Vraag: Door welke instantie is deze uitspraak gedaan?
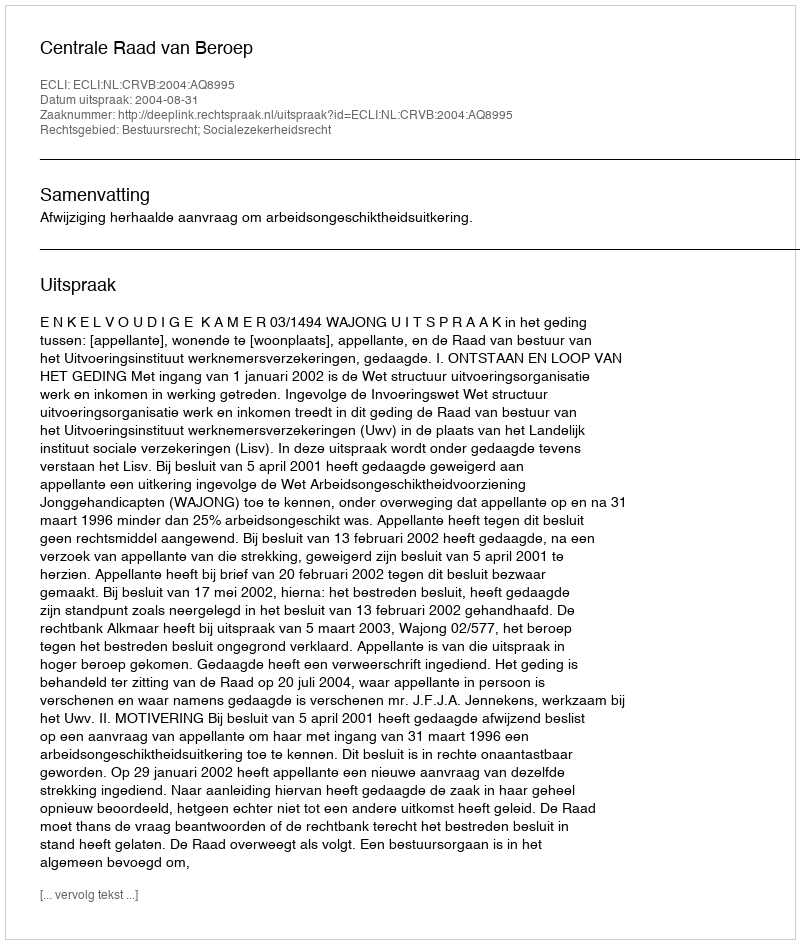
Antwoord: Centrale Raad van Beroep